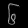
Digit: ၆